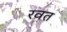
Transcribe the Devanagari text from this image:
रवत